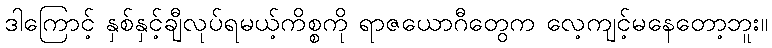
ဒါကြောင့် နှစ်နှင့်ချီလုပ်ရမယ့်ကိစ္စကို ရာဇယောဂီတွေက လေ့ကျင့်မနေတော့ဘူး။